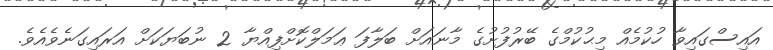
އައިސްގައިވާ ހުކުމެއް މިޙުކުމްގެ ބޭރުފުށުގެ މާނައަށް ބަލާފަ ޢަމަލްކޮށްފިއްޔާ 2 ނުބަޔަކަށް އަރައިގަނެވެއެވެ.